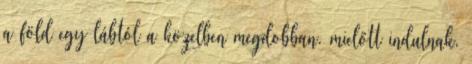
a föld egy lábtól a közelben megdobban. mielőtt indulnak,